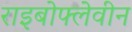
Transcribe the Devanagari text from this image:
राइबोफ्लेवीन